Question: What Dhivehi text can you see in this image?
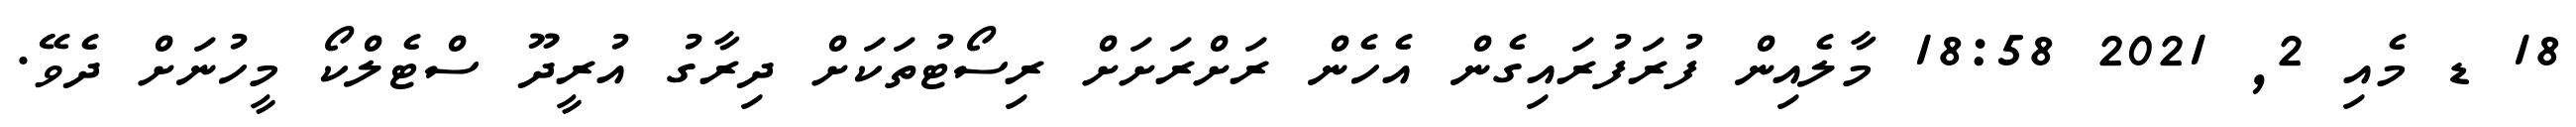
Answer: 18 ޑ މެއި 2, 2021 18:58 މާލެއިން ފުރަފުރައިގެން އެހެން ރަށްރަށަށް ރިސޯޓުތަކަށް ދިރާގު އުރީދޫ ސްޓެލްކޯ މީހުނަށް ދެވޭ.